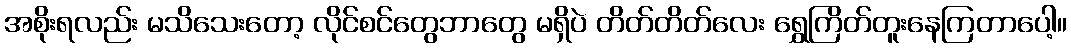
အစိုးရလည်း မသိသေးတော့ လိုင်စင်တွေဘာတွေ မရှိပဲ တိတ်တိတ်လေး ရွှေကြိတ်တူးနေကြတာပေါ့။